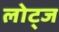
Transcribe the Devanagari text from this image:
लोट्ज